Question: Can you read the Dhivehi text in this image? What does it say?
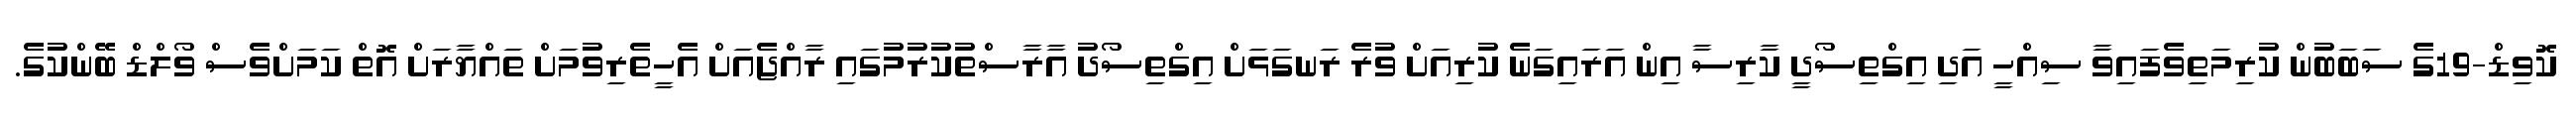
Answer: ކޮވިޑް-19ގެ ސަބަބުން ކުރިމަތިވެފައިވާ ސިއްހީ އަދި އިގްތިސޯދީ ކާރިސާ އިން އަރައިގަނެ ކުރިއަށް ވުރެ ރަނގަޅަށް އިގްތިސޯދު އާރާސްތުކުރުމުގައި ރާއްޖެއަށް އެހީތެރިވުމަށް ތައްޔާރަށް އޮތް ކަމަށްވެސް ވޯލްޑް ބޭންކުގެ.